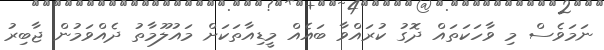
ނަމަވެސް މި ވާހަކަތައް ދޮގު ކުރައްވާ ބައެއް މީޑިއާތަކަށް މައުލޫމާތު ދެއްވަމުން ޖާބިރު